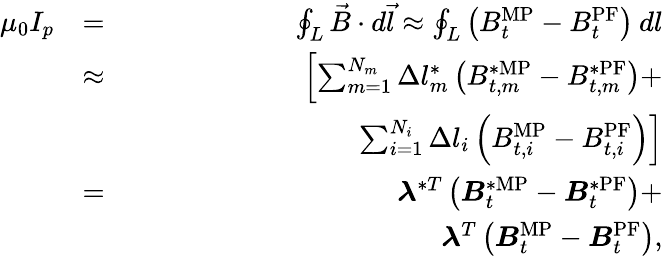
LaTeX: \begin{array}{rlr}{\mu_{0}I_{p}}&{=}&{\oint_{L}\vec{B}\cdot d\vec{l}\approx\oint_{L}\left(B_{t}^{\mathrm{MP}}-B_{t}^{\mathrm{PF}}\right)\: dl}\\ &{\approx}&{\left[\sum_{m=1}^{N_{m}}\Delta l_{m}^{*}\left(B_{t,m}^{*\mathrm{MP}}-B_{t,m}^{*\mathrm{PF}}\right)+\right.}\\ &{}&{\qquad\qquad\qquad\qquad\left.\sum_{i=1}^{N_{i}}\Delta l_{i}\left(B_{t,i}^{\mathrm{MP}}-B_{t,i}^{\mathrm{PF}}\right)\right]}\\ &{=}&{\boldsymbol{\lambda}^{*T}\left(\boldsymbol{B}_{t}^{*\mathrm{MP}}-\boldsymbol{B}_{t}^{*\mathrm{PF}}\right)+}\\ &{}&{\qquad\qquad\qquad\qquad\boldsymbol{\lambda}^{T}\left(\boldsymbol{B}_{t}^{\mathrm{MP}}-\boldsymbol{B}_{t}^{\mathrm{PF}}\right),}\end{array}